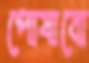
পোষাবো